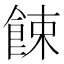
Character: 餗